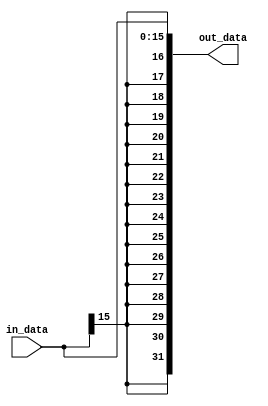
`timescale 1ns / 1ps
//////////////////////////////////////////////////////////////////////////////////
// Company: 
// Engineer: 
// 
// Design Name: 
// Module Name: sign_extend
// Project Name: 
// Target Devices: 
// Tool Versions: 
// Description: 
// 
// Dependencies: 
// 
// Revision:
// Revision 0.01 - File Created
// Additional Comments:
// 
//////////////////////////////////////////////////////////////////////////////////


module sign_extend(
    input [15:0] in_data,
    output [31:0] out_data
    );
    assign out_data = {{16{in_data[15]}},in_data};  
endmodule